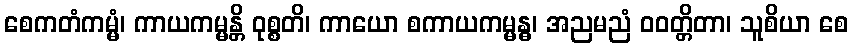
စေကတံကမ္မံ၊ ကာယကမ္မန္တိ ဝုစ္စတိ၊ ကာယော စကာယကမ္မန္ဓ၊ အညမညံ ဝဝတ္တိတာ၊ သူစိယာ စေ